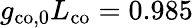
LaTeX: g_{\mathrm{co,0}}L_{\mathrm{co}}=0.985